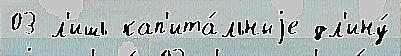
03 л'ишь кап'ита́льныjе дл'ину́